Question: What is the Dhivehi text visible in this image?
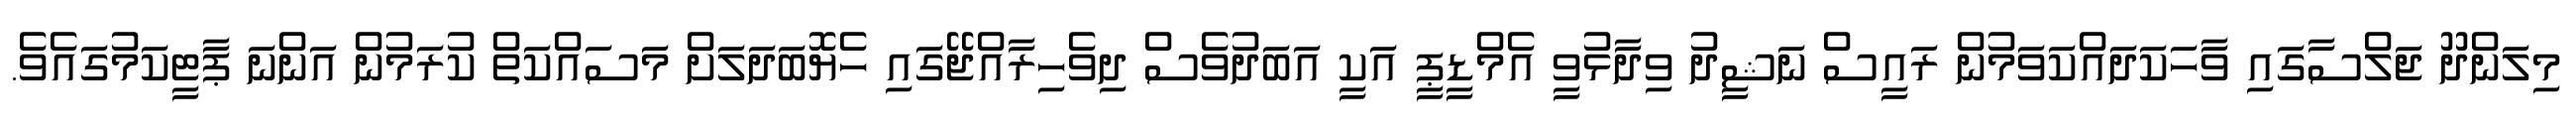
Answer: މިލަންދޫ ޖަލްސާގައި ވާހަކަދައްކަވަމުން ރައީސް ނަޝީދު ވިދާޅުވީ އެމްޑީޕީ އަކީ އަބަދުވެސް ދިވެހިރާއްޖޭގައި ހެޔޮބަދަލަށް މަސައްކަތް ކުރަމުން އަންނަ ޕާޓީކަމުގައެވެ.